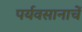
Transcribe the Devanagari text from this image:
पर्यवसानाचें